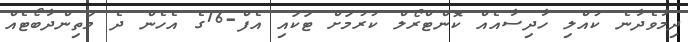
ދިމާވެދާނެ ކުއްލި ހާދިސާއެއް ކޮންޓްރޯލް ކުރުމަށް ޓަކައި އެފް-16ގެ އެހެން ދެ މަތިންދާބޯޓެއް